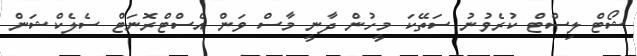
ޝޯޓް ލިސްޓް ކުރެވުނު ސަތޭކަ މީހުން ދާނީ މާސް ވަން އެސްޓްރޮނަޓް ސެލެކްޝަން